Document type: Recognition
Year: 1250
Scribe: Pere Marquès
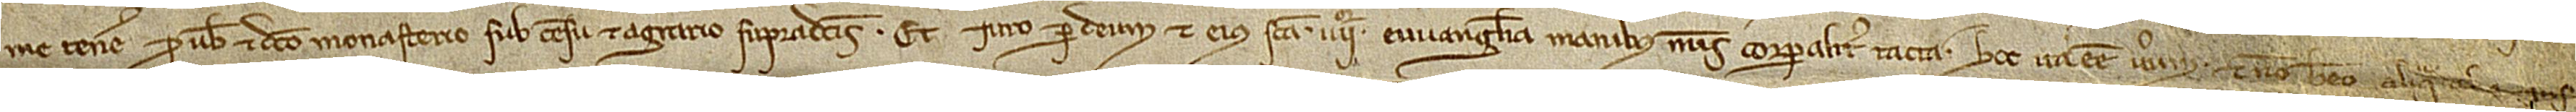
me tenere pro vobis et dicto monasterio sub censu et agrario supradictis. Et iuro per Deum et eius sancta IIIIor Evvangelia, manibus meis corporaliter tacta, hoc ita esse verum et non habeo aliqua alia ins-